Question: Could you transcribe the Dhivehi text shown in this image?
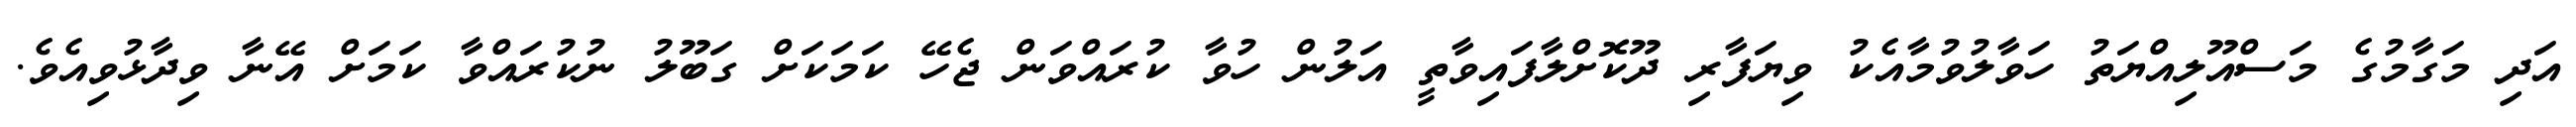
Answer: އަދި މަގާމުގެ މަސްއޫލިއްޔަތު ހަވާލުވުމާއެކު ވިޔަފާރި ދޫކޮށްލާފައިވާތީ އަލުން ހުވާ ކުރައްވަން ޖެހޭ ކަމަކަށް ގަބޫލު ނުކުރައްވާ ކަމަށް އޭނާ ވިދާޅުވިއެވެ.